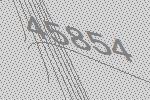
45854